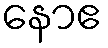
နောဧ